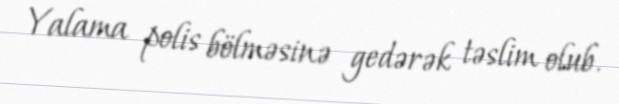
Yalama polis bölməsinə gedərək təslim olub.